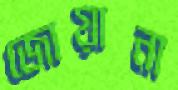
জোয়ানা